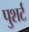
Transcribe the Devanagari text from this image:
पुशर्ट